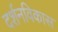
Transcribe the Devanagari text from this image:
दर्शनविकास